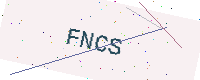
Text: FNCS